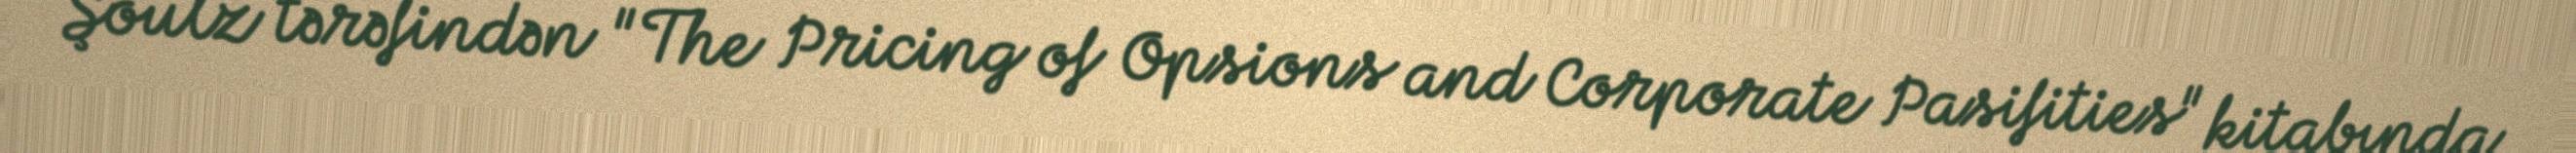
Şoulz tərəfindən "The Pricing of Opsions and Corporate Pasifities" kitabında